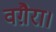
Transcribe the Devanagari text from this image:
वग़ैरा।